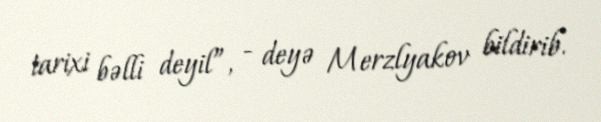
tarixi bəlli deyil”, - deyə Merzlyakov bildirib.